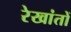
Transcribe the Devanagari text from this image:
रेखांतों